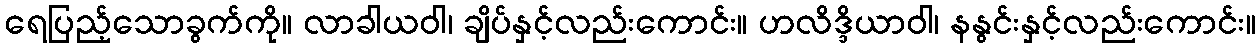
ရေပြည့်သောခွက်ကို။ လာခါယဝါ၊ ချိပ်နှင့်လည်းကောင်း။ ဟလိဒ္ဒိယာဝါ၊ နနွင်းနှင့်လည်းကောင်း။